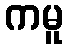
ကမူ